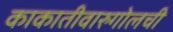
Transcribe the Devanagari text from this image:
काकातीवारुगोलची